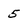
Character: 5